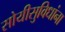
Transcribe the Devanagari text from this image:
सोयीसुविधांना